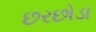
છરછોડા